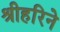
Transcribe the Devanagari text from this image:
श्रीहरिने